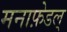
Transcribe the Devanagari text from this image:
मनाफ़ेडल्